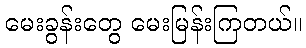
မေးခွန်းတွေ မေးမြန်းကြတယ်။